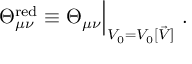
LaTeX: \Theta _ { \mu \nu } ^ { \mathrm { r e d } } \equiv \Theta _ { \mu \nu } \Big | _ { V _ { 0 } = V _ { 0 } [ \vec { V } ] } ~ .